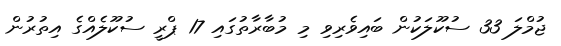
ޖުމްލަ 33 ސުކޫލަކުން ބައިވެރިވި މި މުބާރާތުގައި 17 ޕްރީ ސުކޫލެއްގެ އިތުރުން